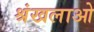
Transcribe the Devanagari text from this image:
श्रंखलाओ